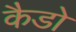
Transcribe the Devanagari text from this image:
कैडो